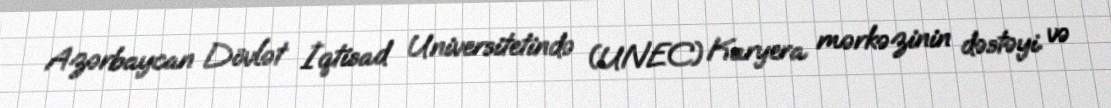
Azərbaycan Dövlət İqtisad Universitetində (UNEC) Karyera mərkəzinin dəstəyi və